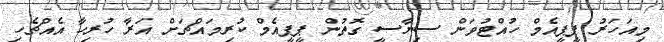
މިއަހަރު ޕީޕީއެމް ހުއްޓުވަން ސިޔާސީ ގޮތުން ޕީޕީއެމް ކުރިމައްޗަށް އަރާ ހުރިހާ އެއްޗެހި